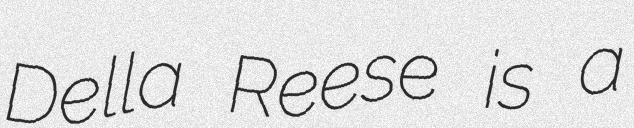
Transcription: Della Reese is a